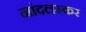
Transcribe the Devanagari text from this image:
नांदलस्कर